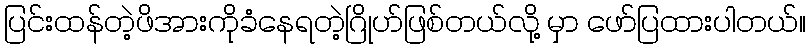
ပြင်းထန်တဲ့ဖိအားကိုခံနေရတဲ့ဂြိုဟ်ဖြစ်တယ်လို့ မှာ ဖော်ပြထားပါတယ်။